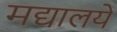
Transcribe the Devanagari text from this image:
मद्यालये